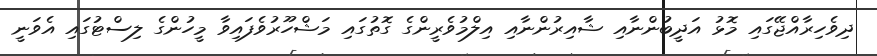
ދިވެހިރާއްޖޭގައި މޮޅު އަދީބުންނާއި ޝާއިރުންނާއި އިލްމުވެރީންގެ ގޮތުގައި މަޝްހޫރުވެފައިވާ މީހުންގެ ލިސްޓުގައި އެވަނީ